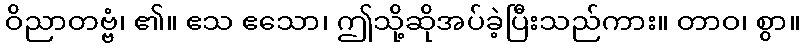
ဝိညာတဗ္ဗံ၊ ၏။ ဧသ ဧသော၊ ဤသို့ဆိုအပ်ခဲ့ပြီးသည်ကား။ တာဝ၊ စွာ။